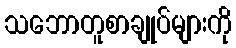
သဘောတူစာချုပ်များကို